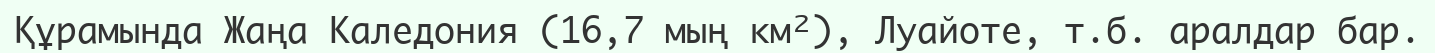
Құрамында Жаңа Каледония (16,7 мың км²), Луайоте, т.б. аралдар бар.